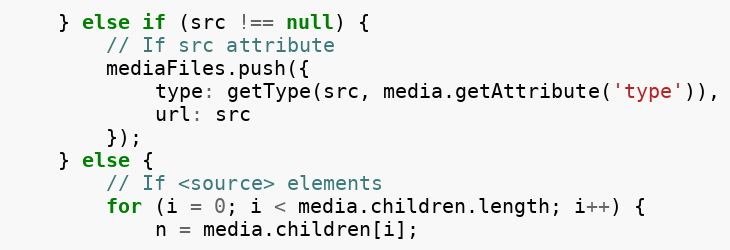
Language: JavaScript
	} else if (src !== null) {
		// If src attribute
		mediaFiles.push({
			type: getType(src, media.getAttribute('type')),
			url: src
		});
	} else {
		// If <source> elements
		for (i = 0; i < media.children.length; i++) {
			n = media.children[i];